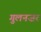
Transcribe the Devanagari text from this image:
गुलनज़र